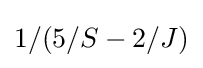
1/(5/S-2/J)